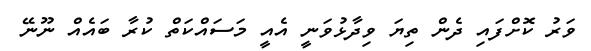
ވަރު ކޮށްފައި ދެން ތިޔަ ވިދާޅުވަނީ އެއީ މަސައްކަތް ކުރާ ބައެއް ނޫނޭ